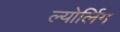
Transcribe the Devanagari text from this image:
ल्योर्लिग